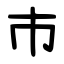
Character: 巿